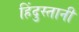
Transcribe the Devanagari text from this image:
हिंदुस्‍तानी